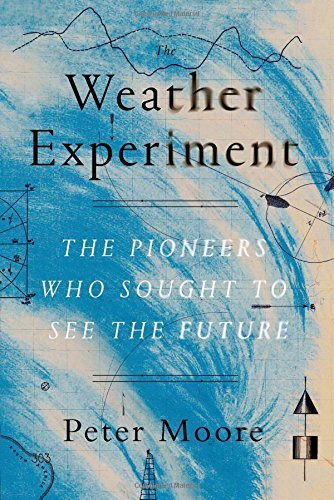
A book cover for The Weather Experiment: The Pioneers Who Sought to See the Future; Peter Moore; Science & Math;